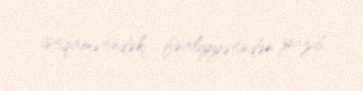
istiqamətindəki fəaliyyətindən yazıb.